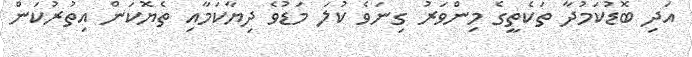
އަދި ބޮޑުކަމުދާ ތަކެތީގެ މިންވަރު ގިނަވެ ކުލަ މަޑުވެ ދިޔާކަމާއި ތެޔޮކަން އިތުރުކަން